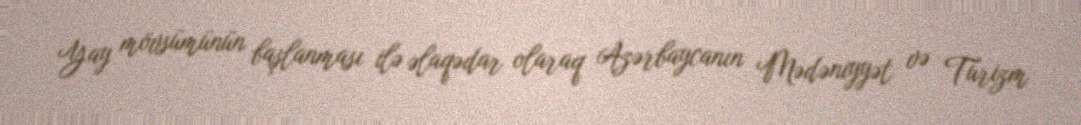
Yay mövsümünün başlanması ilə əlaqədar olaraq Azərbaycanın Mədəniyyət və Turizm